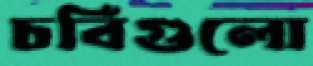
চর্বিগুলো